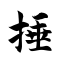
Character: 捶